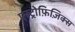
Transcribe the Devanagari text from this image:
एस्ट्रोफ़िज़िक्स